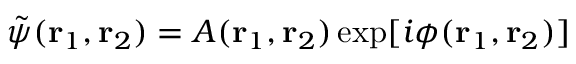
\tilde { \psi } ( \mathbf { r } _ { 1 } , \mathbf { r } _ { 2 } ) = A ( \mathbf { r } _ { 1 } , \mathbf { r } _ { 2 } ) \exp [ i \phi ( \mathbf { r } _ { 1 } , \mathbf { r } _ { 2 } ) ]